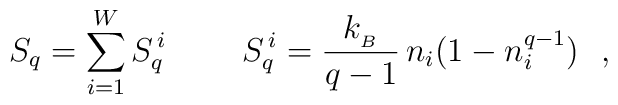
S_q=\sum_{i=1}^W S_q^{\, i} \ \  \ \ \ \ \   S_q^{\, i}=\frac{k_{_B}}{q-1} \, n_i (1-n_i^{q-1}) \ \ ,